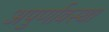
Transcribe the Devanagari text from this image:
अपुर्णावस्था